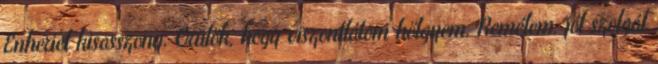
Enheriel kisasszony. Örülök, hogy viszontlátom hölgyem. Remélem, jól szolgál